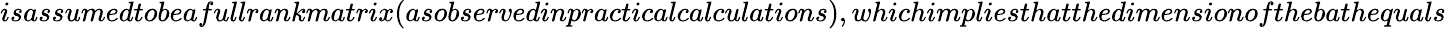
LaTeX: isassumedtobeafullrankmatrix(asobservedinpracticalcalculations),whichimpliesthatthedimensionofthebathequals